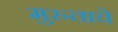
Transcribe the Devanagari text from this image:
मुरुताचे